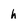
Character: h